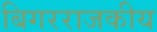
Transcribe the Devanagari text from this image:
बिगरराजकीय